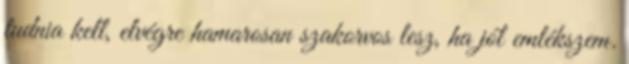
tudnia kell, elvégre hamarosan szakorvos lesz, ha jól emlékszem.